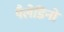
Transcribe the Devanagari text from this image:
पैलेडिनो